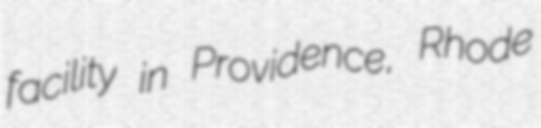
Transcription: facility in Providence, Rhode